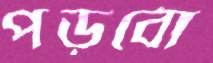
পড়বো